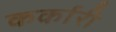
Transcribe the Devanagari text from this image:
कर्कारी